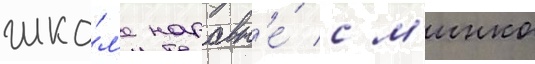
шко́л'е наравн'е́ с м'инко